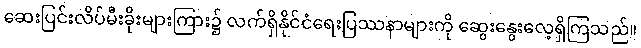
ဆေးပြင်းလိပ်မီးခိုးများကြား၌ လက်ရှိနိုင်ငံရေးပြဿနာများကို ဆွေးနွေးလေ့ရှိကြသည်။